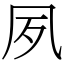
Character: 夙